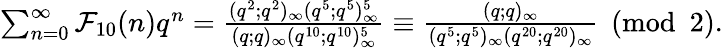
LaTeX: \begin{array}{r}{\sum_{n=0}^{\infty}\mathcal{F}_{10}(n)q^{n}=\frac{(q^{2};q^{2})_{\infty}(q^{5};q^{5})_{\infty}^{5}}{(q;q)_{\infty}(q^{10};q^{10})_{\infty}^{5}}\equiv\frac{(q;q)_{\infty}}{(q^{5};q^{5})_{\infty}(q^{20};q^{20})_{\infty}}\pmod 2.}\end{array}